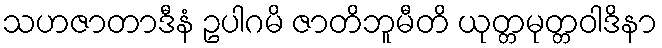
သဟဇာတာဒီနံ ဥပါဂမိ ဇာတိဘူမီတိ ယုတ္တမုတ္တဝါဒိနာ